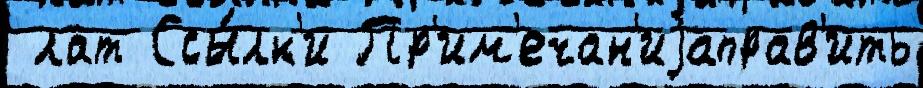
 лат Ссы́лк'и Пр'им'ечан'иjаправ'ить